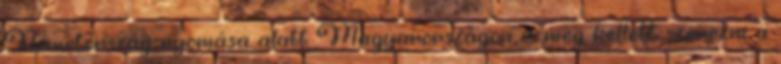
Németország nyomása alatt Magyarországon is meg kellett szerezni a